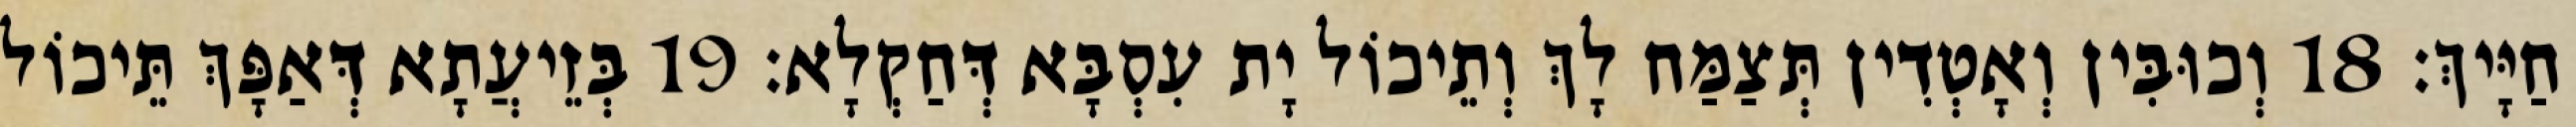
חַיָּיךְ׃ 18 וְכוּבִּין וְאָטְדִין תְּצַמַּח לָךְ וְתֵיכוֹל יָת עִסְבָּא דְּחַקְלָא׃ 19 בְּזֵיעֲתָא דְּאַפָּךְ תֵּיכוֹל